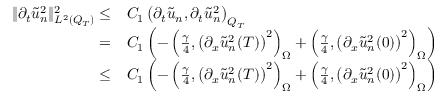
\begin{array} { r l } { \lVert \partial _ { t } \tilde { u } _ { n } ^ { 2 } \rVert _ { L ^ { 2 } ( Q _ { T } ) } ^ { 2 } \leq } & { { } C _ { 1 } \left( \partial _ { t } \tilde { u } _ { n } , \partial _ { t } \tilde { u } _ { n } ^ { 2 } \right) _ { Q _ { T } } } \\ { = } & { { } C _ { 1 } \left( - \left( \frac { \gamma } { 4 } , \left( \partial _ { x } \tilde { u } _ { n } ^ { 2 } ( T ) \right) ^ { 2 } \right) _ { \Omega } + \left( \frac { \gamma } { 4 } , \left( \partial _ { x } \tilde { u } _ { n } ^ { 2 } ( 0 ) \right) ^ { 2 } \right) _ { \Omega } \right) } \\ { \leq } & { { } C _ { 1 } \left( - \left( \frac { \gamma } { 4 } , \left( \partial _ { x } \tilde { u } _ { n } ^ { 2 } ( T ) \right) ^ { 2 } \right) _ { \Omega } + \left( \frac { \gamma } { 4 } , \left( \partial _ { x } \tilde { u } _ { n } ^ { 2 } ( 0 ) \right) ^ { 2 } \right) _ { \Omega } \right) } \end{array}